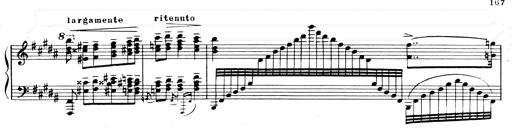
Title: Andante Finale und Marsch aus der Oper KÃ¶nig Alfred
Composer: Franz Liszt